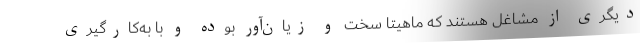
دیگری از مشاغل هستند که ماهیتاً سخت و زیان‌آور بوده و با به‌کارگیری